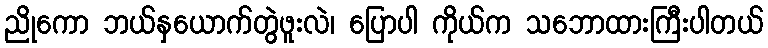
ညိုကော ဘယ်နှယောက်တွဲဖူးလဲ၊ ပြောပါ ကိုယ်က သဘောထားကြီးပါတယ်